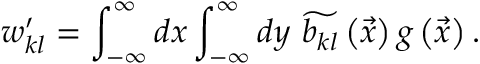
w _ { k l } ^ { \prime } = \int _ { - \infty } ^ { \infty } d x \int _ { - \infty } ^ { \infty } d y \ \widetilde { b _ { k l } } \left( \vec { x } \right) g \left( \vec { x } \right) .